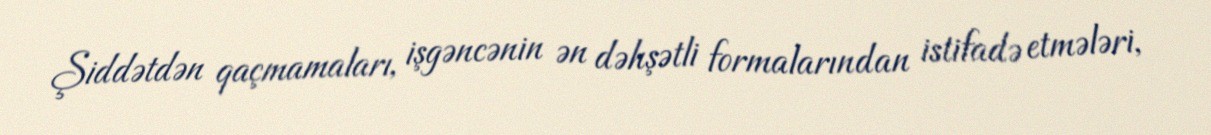
Şiddətdən qaçmamaları, işgəncənin ən dəhşətli formalarından istifadə etmələri,